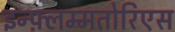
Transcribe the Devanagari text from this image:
इन्फ़्लम्मतोरिएस